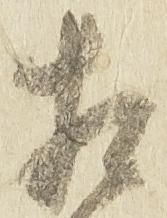
相